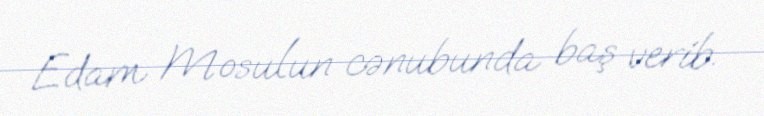
Edam Mosulun cənubunda baş verib.